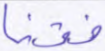
فقنا